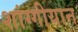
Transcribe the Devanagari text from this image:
शांग्गीयान